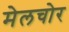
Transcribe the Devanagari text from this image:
मेलचोर